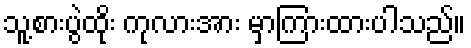
သူ့စားပွဲထိုး ကုလားအား မှာကြားထားပါသည်။